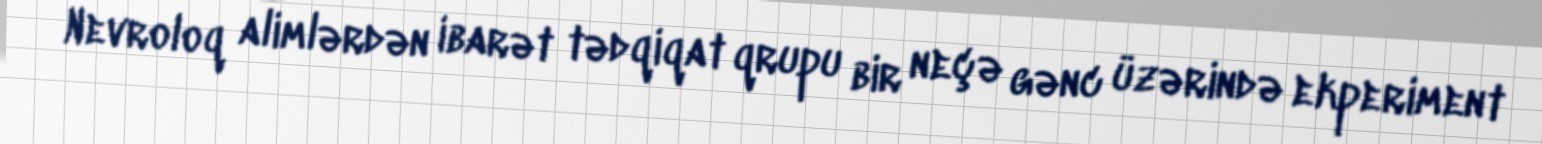
Nevroloq alimlərdən ibarət tədqiqat qrupu bir neçə gənc üzərində ekperiment